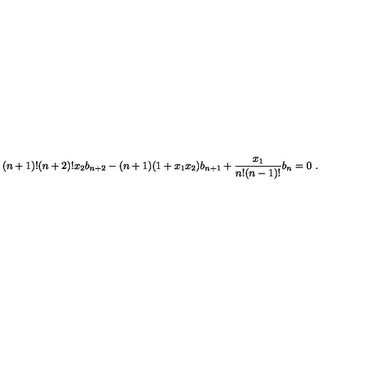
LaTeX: ( n + 1 ) ! ( n + 2 ) ! x _ { 2 } b _ { n + 2 } - ( n + 1 ) ( 1 + x _ { 1 } x _ { 2 } ) b _ { n + 1 } + { \frac { x _ { 1 } } { n ! ( n - 1 ) ! } } b _ { n } = 0 \ .